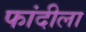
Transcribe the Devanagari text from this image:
फांदीला